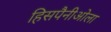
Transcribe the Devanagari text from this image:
हिसपैनीओला